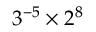
3 ^ { - 5 } \times 2 ^ { 8 }